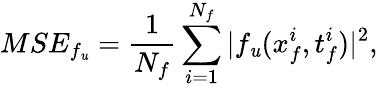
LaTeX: MSE_{f_{\mathit{u}}}=\frac{{1}}{{N_{f}}}\sum_{i=1}^{N_{f}}|f_{\mathit{u}}(x_{f}^{i},t_{f}^{i})|^{2},